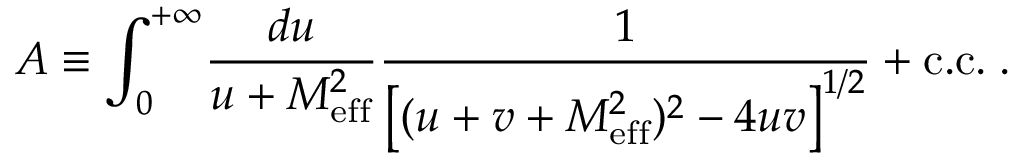
A \equiv \int _ { 0 } ^ { + \infty } \! { \frac { d u } { u + M _ { \mathrm { e f f } } ^ { 2 } } } { \frac { 1 } { \left[ ( u + v + M _ { \mathrm { e f f } } ^ { 2 } ) ^ { 2 } - 4 u v \right] ^ { 1 / 2 } } } + \mathrm { c . c . } \; .